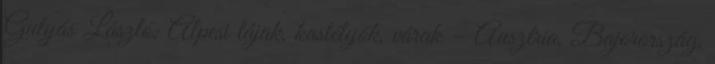
Gulyás László: Alpesi tájak, kastélyok, várak – Ausztria, Bajorország,